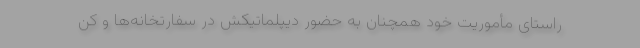
راستای مأموریت خود همچنان به حضور دیپلماتیکش در سفارتخانه‌ها و کن